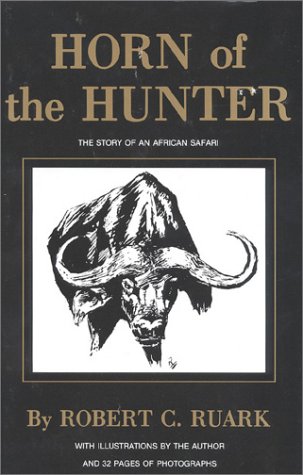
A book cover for Horn of the Hunter: The Story of an African Safari; R. Ruark; Sports & Outdoors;